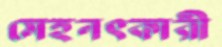
মেহনৎকারী